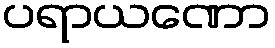
ပရာယဏော